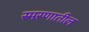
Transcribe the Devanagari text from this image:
स्मरणातील